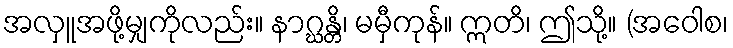
အလှူအဖို့မျှကိုလည်း။ နာဂ္ဃန္တိ၊ မမှီကုန်။ ဣတိ၊ ဤသို့။ (အဝေါစ၊